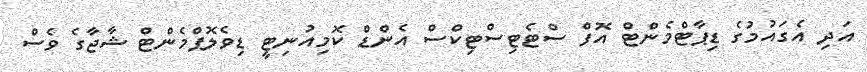
އަދި އެގައުމުގެ ޑިޕާޓްމެންޓް އޮފް ސްޓެޓިސްޓިކްސް އެންޑް ކޮމިއުނިޓީ ޑިވެލޮޕްމެންޓް ޝާޖާގެ ވެސް